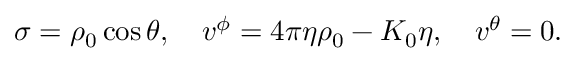
\begin{array} { r } { \sigma = \rho _ { 0 } \cos \theta , \quad v ^ { \phi } = 4 \pi \eta \rho _ { 0 } - K _ { 0 } \eta , \quad v ^ { \theta } = 0 . } \end{array}